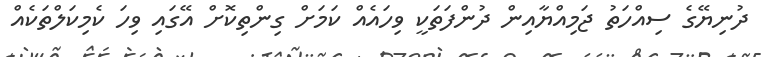
ދުނިޔޭގެ ސިއްހަތު ޖަމިއްޔާއިން ދުންފަތަކީ ވިހައެއް ކަމަށް ގިންތިކޮށް އޭގައި ވިހަ ކެމިކަލްތަކެއް